Eesti_Ajutise_Maavalitsuse_haridusosakond, lk 64
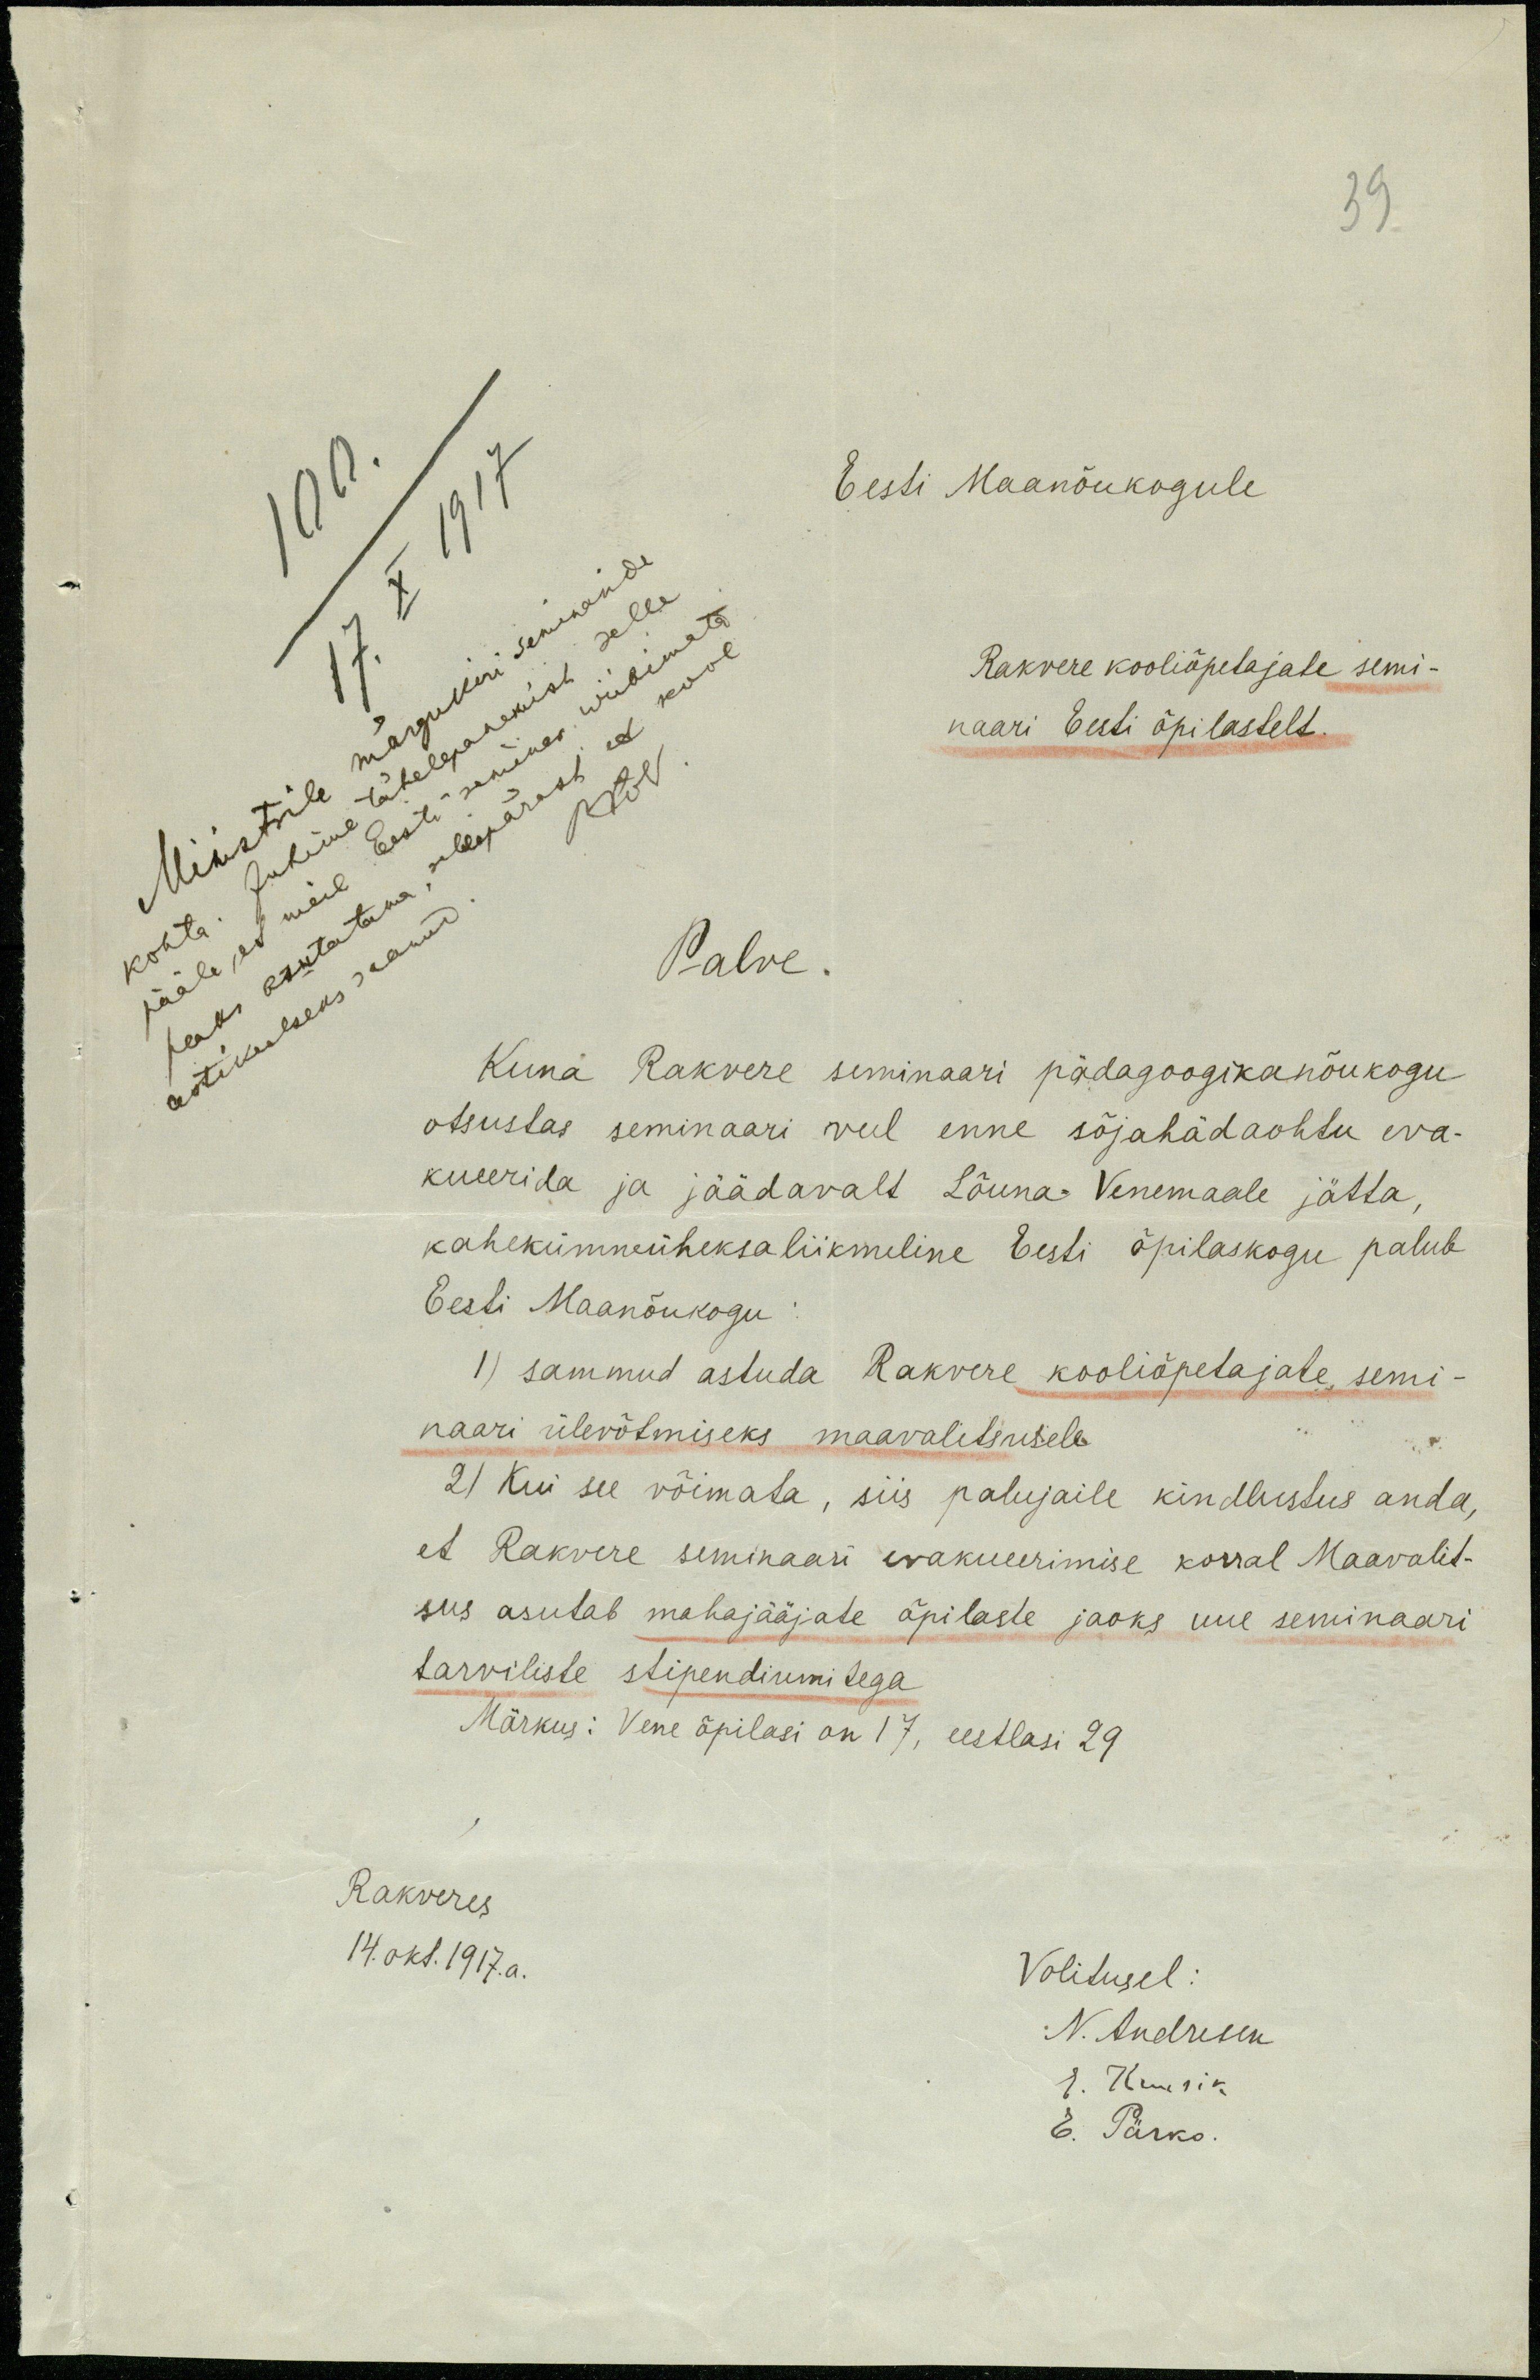
39
Eesti Maanõukogule
Rakvere kooliõpetajate semi-
naari Eesti õpilastelt.
Palve.
Kuna Rakvere seminaari pädagoogikanõukogu
otsustas seminaari veel enne sõjahädaohtu eva-
kueerida ja jäädavalt Lõuna-Venemaale jätta
kahekümneüheksaliikmeline Eesti õpilaskogu palub
Eesti Maanõukogu
1) sammud astuda Rakvere kooliõpetajate, semi-
naari ülevõtmiseks maavalitsusele.
2) Kui see võimata, siis palujaile kindlustus anda,
et Rakvere seminaari evakueerimise korral Maavalit-
sus asutab mahajääjate õpilaste jaoks uue seminaari
tarviliste stipendiumitega
Märkus: Vene õpilasi on 17, eestlasi 29
Rakveres
14. okt. 1917. a.
Volitusel:
N. Andresen
E.Kuusik
E. Pärko.